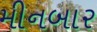
મીનબાર